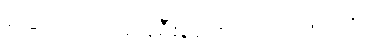
ခြောက်လကြာခရီးစဉ် စတင်လိုက်ပါပြီ။